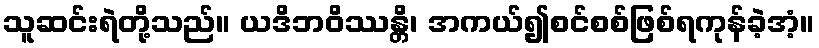
သူဆင်းရဲတို့သည်။ ယဒိဘဝိဿန္တိ၊ အကယ်၍စင်စစ်ဖြစ်ရကုန်ခဲ့အံ့။